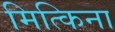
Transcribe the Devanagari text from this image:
मित्किना